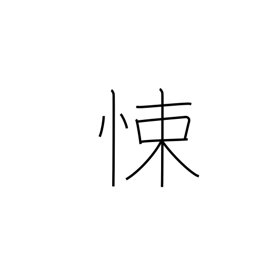
Meaning: fear